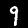
Digit: 9